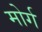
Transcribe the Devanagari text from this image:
मोर्ग